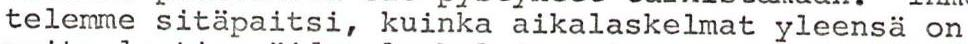
telemme sitäpaitsi, kuinka aikalaskelmat yleensä on